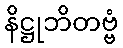
နိဋ္ဌုဘိတဗ္ဗံ